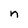
Character: n